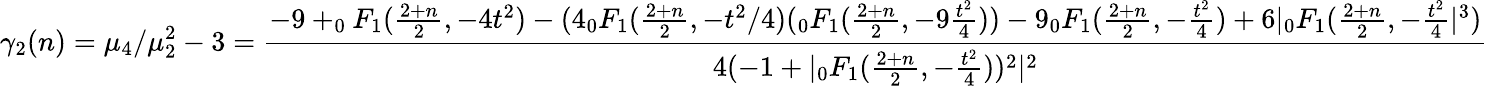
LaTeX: \gamma_{2}(n)=\mu_{4}/\mu_{2}^{2}-3={\frac{-9+_{0}F_{1}({\frac{2+n}{2}},-4t^{2})-(4_{0}F_{1}({\frac{2+n}{2}},-t^{2}/4)(_{0}F_{1}({\frac{2+n}{2}},-9{\frac{t^{2}}{4}}))-9_{0}F_{1}({\frac{2+n}{2}},-{\frac{t^{2}}{4}})+6|_{0}F_{1}({\frac{2+n}{2}},-{\frac{t^{2}}{4}}|^{3})}{4(-1+|_{0}F_{1}({\frac{2+n}{2}},-{\frac{t^{2}}{4}}))^{2}|^{2}}}